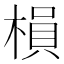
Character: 𣗼